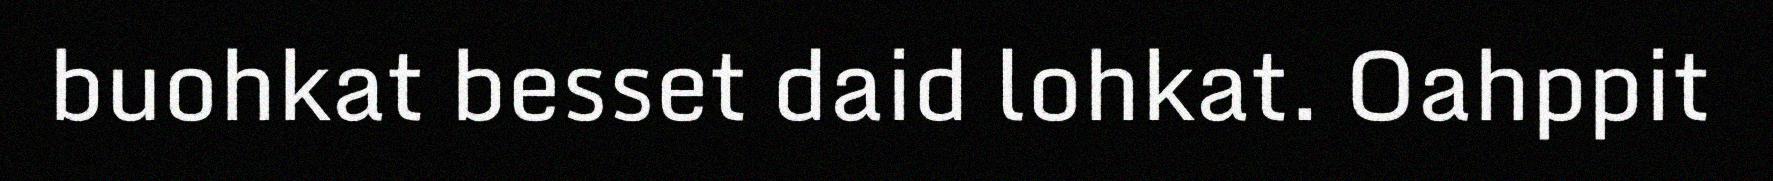
buohkat besset daid lohkat. Oahppit